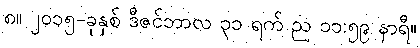
၈။ ၂၀၁၅-ခုနှစ် ဒီဇင်ဘာလ ၃၁ ရက် ည ၁၁:၅၉ နာရီ။